Triennial report on the lunatic asylums in the province of Eastern Bengal and Assam - 1903-1911
Year: 1903
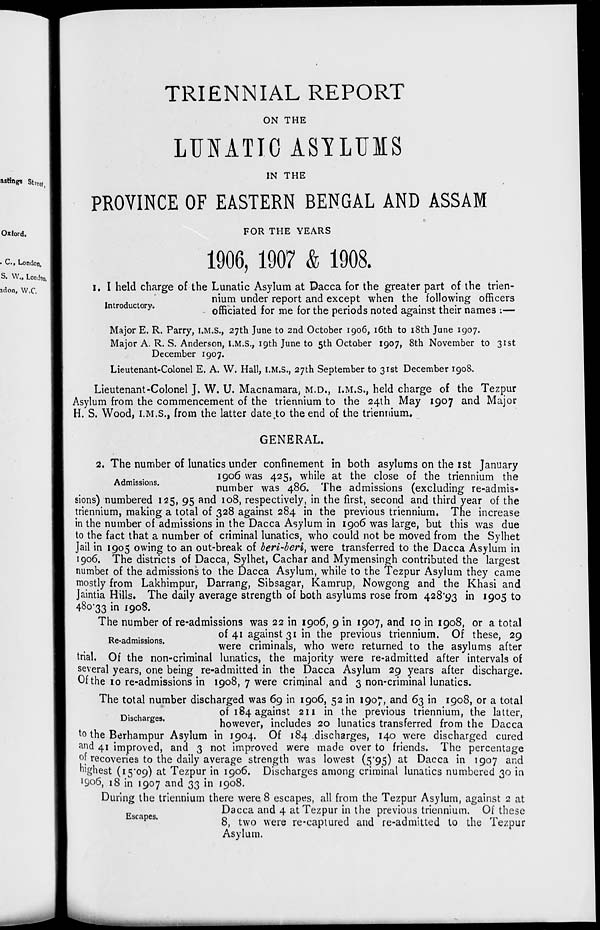
TRIENNIAL REPORT
ON THE
LUNATIC ASYLUMS
IN THE
PROVINCE OF EASTERN BENGAL AND ASSAM
FOR THE YEARS
1906, 1907 & 1908.
Introductory.
1. I held charge of the Lunatic Asylum at Dacca for the greater part of the trien-
nium under report and except when the following officers
officiated for me for the periods noted against their names :—
Major E. R. Parry, I.M.S., 27th June to 2nd October 1906, 16th to 18th June 1907.
Major A. R. S. Anderson, I.M.S., 19th June to 5th October 1907, 8th November to 31st
December 1907.
Lieutenant-Colonel E. A. W. Hall, I.M.S., 27th September to 31st December 1908.
Lieutenant-Colonel J. W. U. Macnamara, M.D., I.M.S., held charge of the Tezpur
Asylum from the commencement of the triennium to the 24th May 1907 and Major
H. S. Wood, I.M.S., from the latter date to the end of the triennium.
GENERAL.
Admissions.
2. The number of lunatics under confinement in both asylums on the 1st January
1906 was 425, while at the close of the triennium the
number was 486. The admissions (excluding re-admis-
sions) numbered 125, 95 and 108, respectively, in the first, second and third year of the
triennium, making a total of 328 against 284 in the previous triennium. The increase
in the number of admissions in the Dacca Asylum in 1906 was large, but this was due
to the fact that a number of criminal lunatics, who could not be moved from the Sylhet
Jail in 1905 owing to an out-break of beri-beri, were transferred to the Dacca Asylum in
1906. The districts of Dacca, Sylhet, Cachar and Mymensingh contributed the largest
number of the admissions to the Dacca Asylum, while to the Tezpur Asylum they came
mostly from Lakhimpur, Darrang, Sibsagar, Kamrup, Nowgong and the Khasi and
Jaintia Hills. The daily average strength of both asylums rose from 428.93 in 1905 to
480.33 in 1908.
Re-admissions.
The number of re-admissions was 22 in 1906, 9 in 1907, and 10 in 1908, or a total
of 41 against 31 in the previous triennium. Of these, 29
were criminals, who were returned to the asylums after
trial. Of the non-criminal lunatics, the majority were re-admitted after intervals of
several years, one being re-admitted in the Dacca Asylum 29 years after discharge.
Of the 10 re-admissions in 1908, 7 were criminal and 3 non-criminal lunatics.
Discharges.
The total number discharged was 69 in 1906, 52 in 1907, and 63 in 1908, or a total
of 184 against 211 in the previous triennium, the latter,
however, includes 20 lunatics transferred from the Dacca
to the Berhampur Asylum in 1904. Of 184 discharges, 140 were discharged cured
and 41 improved, and 3 not improved were made over to friends. The percentage
of recoveries to the daily average strength was lowest (5.95) at Dacca in 1907 and
highest (15.09) at Tezpur in 1906. Discharges among criminal lunatics numbered 30 in
1906, 18 in 1907 and 33 in 1908.
Escapes.
During the triennium there were 8 escapes, all from the Tezpur Asylum, against 2 at
Dacca and 4 at Tezpur in the previous triennium. Of these
8, two were re-captured and re-admitted to the Tezpur
Asylum.